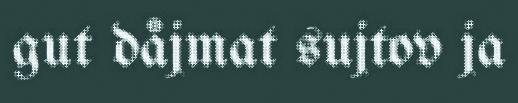
gut dåjmat sujtov ja